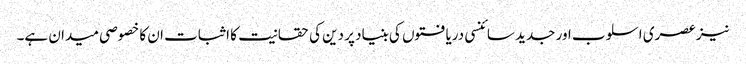
نیز عصری اسلوب اور جدید سائنسی دریافتوں کی بنیاد پر دین کی حقانیت کا اثبات ان کا خصوصی میدان ہے۔